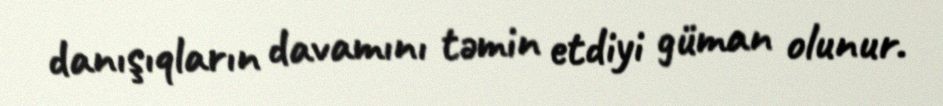
danışıqların davamını təmin etdiyi güman olunur.